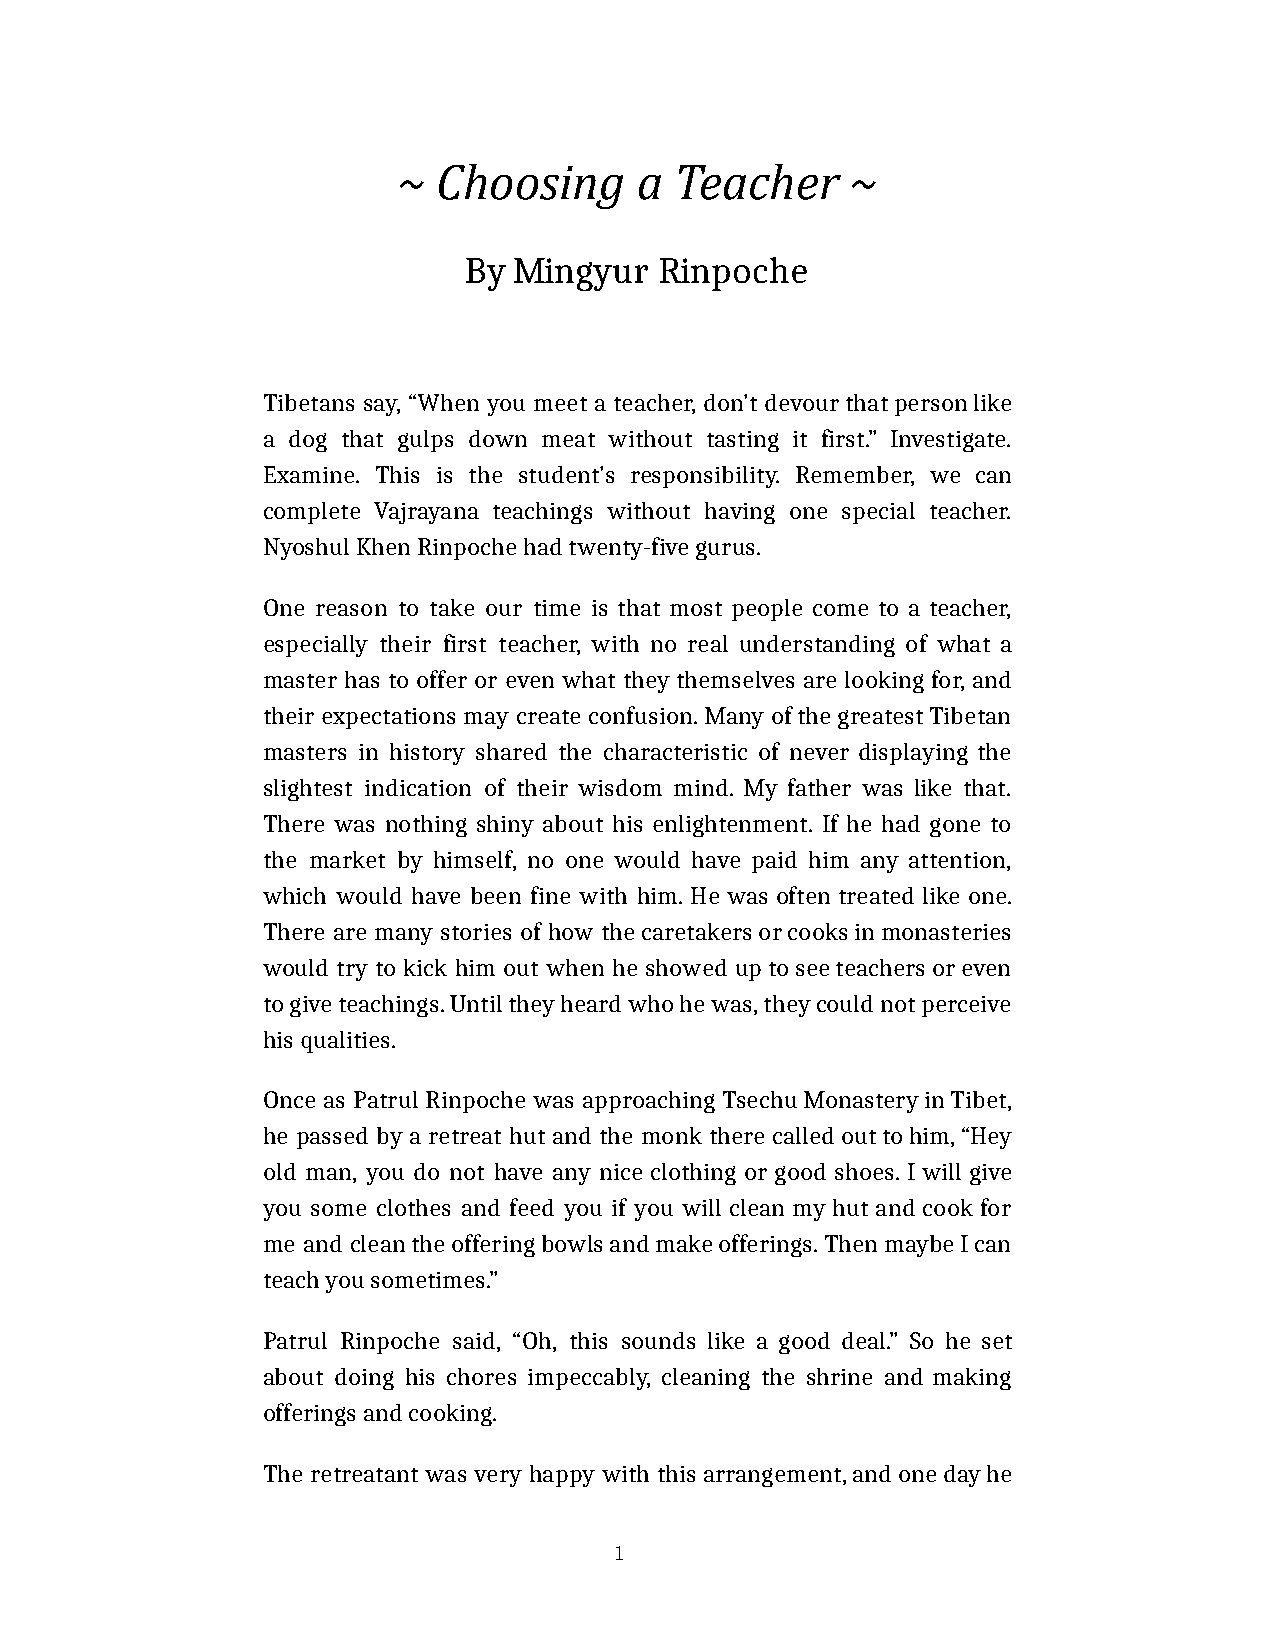
~  Choosing     a  Teacher    ~
 By M ingyur  R inpoche
 Tibetans say, “When you meet a teacher, don’t devour that person like
 a dog that gulps down meat without tasting it first.” Investigate.
 Examine. This is the student’s responsibility. Remember, we can
 complete Vajrayana teachings without having one special teacher.
 Nyoshul Khen Rinpoche had twenty-five gurus.
 One reason to take our time is that most people come to a teacher,
 especially their first teacher, with no real understanding of what a
 master has to offer or even what they themselves are looking for, and
 their expectations may create confusion. Many of the greatest Tibetan
 masters in history shared the characteristic of never displaying the
 slightest indication of their wisdom mind. My father was like that.
 There was nothing shiny about his enlightenment. If he had gone to
 the market by himself, no one would have paid him any attention,
 which would have been fine with him. He was often treated like one.
 There are many stories of how the caretakers or cooks in monasteries
 would try to kick him out when he showed up to see teachers or even
 to give teachings. Until they heard who he was, they could not perceive
 his qualities.
 Once as Patrul Rinpoche was approaching Tsechu Monastery in Tibet,
 he passed by a retreat hut and the monk there called out to him, “Hey
 old man, you do not have any nice clothing or good shoes. I will give
 you some clothes and feed you if you will clean my hut and cook for
 me and clean the offering bowls and make offerings. Then maybe I can
 teach you sometimes.”
 Patrul Rinpoche said, “Oh, this sounds like a good deal.” So he set
 about doing his chores impeccably, cleaning the shrine and making
 offerings and cooking.
 The retreatant was very happy with this arrangement, and one day he
 1